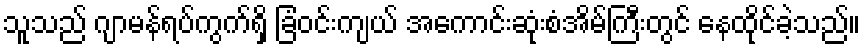
သူသည် ဂျာမန်ရပ်ကွက်ရှိ ခြံဝင်းကျယ် အကောင်းဆုံးစံအိမ်ကြီးတွင် နေထိုင်ခဲ့သည်။